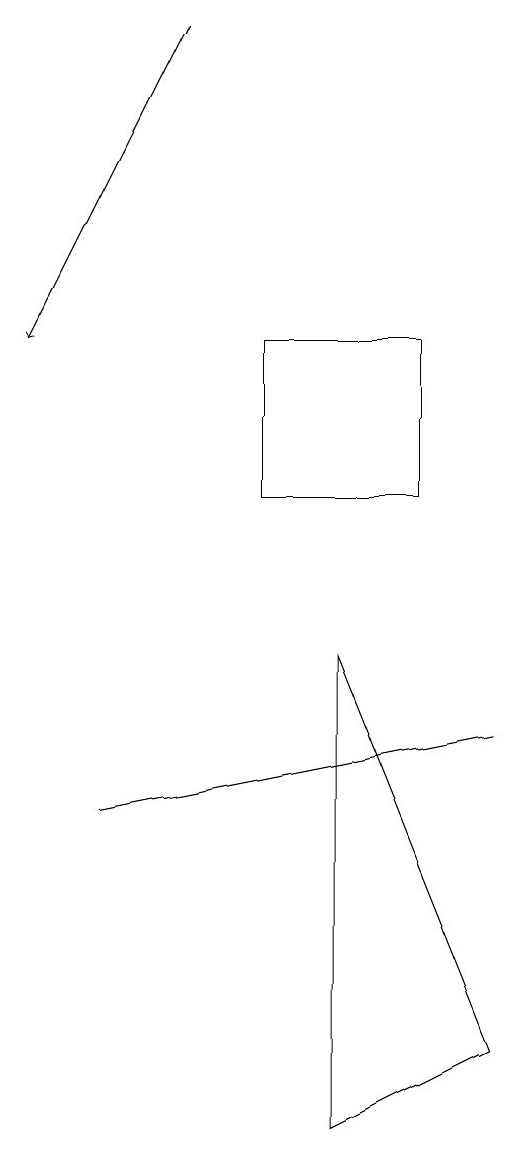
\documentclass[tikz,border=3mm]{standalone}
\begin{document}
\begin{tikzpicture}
\draw[->] (4,17) -- (2,13);
\draw (8,8) -- (3,7) -- (8,8) -- cycle;
\draw (6,9) -- (8,4) -- (6,3) -- cycle;
\draw (5,13) rectangle (7,11);
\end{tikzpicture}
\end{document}